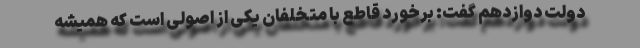
دولت دوازدهم گفت: برخورد قاطع با متخلفان یکی از اصولی است که همیشه